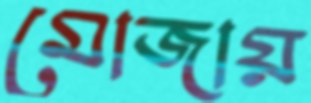
মোজায়